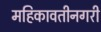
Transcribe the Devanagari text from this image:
महिकावतीनगरी